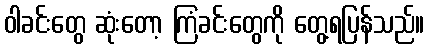
ဝါခင်းတွေ ဆုံးတော့ ကြံခင်းတွေကို တွေ့ရပြန်သည်။